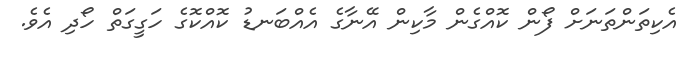
އެކިތަންތަނަށް ފޯން ކޮއްގެން މާކިން އޭނާގެ އެއްބަނޑު ކޮއްކޮގެ ހަގީގަތް ހޯދި އެވެ.